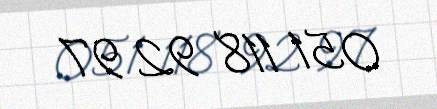
051 118 92 97